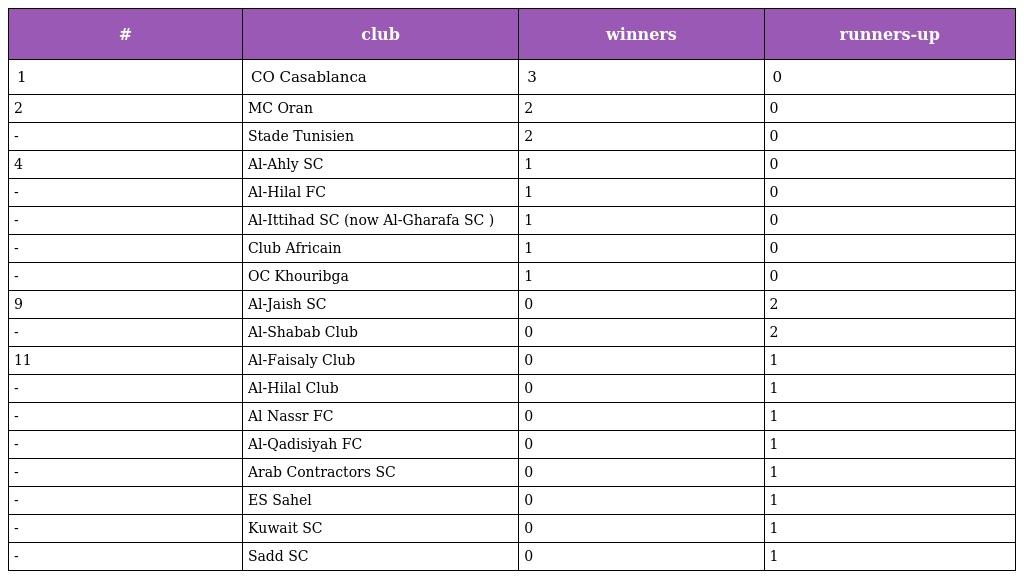
| # | club | winners | runners-up |
 | --- | --- | --- | --- |
 | 1 | CO Casablanca | 3 | 0 |
 | 2 | MC Oran | 2 | 0 |
 | - | Stade Tunisien | 2 | 0 |
 | 4 | Al-Ahly SC | 1 | 0 |
 | - | Al-Hilal FC | 1 | 0 |
 | - | Al-Ittihad SC (now Al-Gharafa SC ) | 1 | 0 |
 | - | Club Africain | 1 | 0 |
 | - | OC Khouribga | 1 | 0 |
 | 9 | Al-Jaish SC | 0 | 2 |
 | - | Al-Shabab Club | 0 | 2 |
 | 11 | Al-Faisaly Club | 0 | 1 |
 | - | Al-Hilal Club | 0 | 1 |
 | - | Al Nassr FC | 0 | 1 |
 | - | Al-Qadisiyah FC | 0 | 1 |
 | - | Arab Contractors SC | 0 | 1 |
 | - | ES Sahel | 0 | 1 |
 | - | Kuwait SC | 0 | 1 |
 | - | Sadd SC | 0 | 1 |